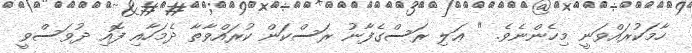
ހާމަކުރައްވަނީ މިހެންނެވެ. " ޢަލި ރަސްގެފާނު ރަސްކަން ކުރައްވާތާ ދެމަހާއި ފޮއި ދުވަސްވީ